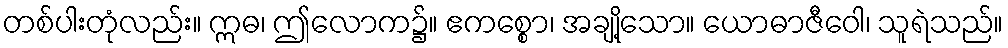
တစ်ပါးတုံလည်း။ ဣဓ၊ ဤလောက၌။ ဧကစ္စော၊ အချို့သော။ ယောဓာဇီဝေါ၊ သူရဲသည်။